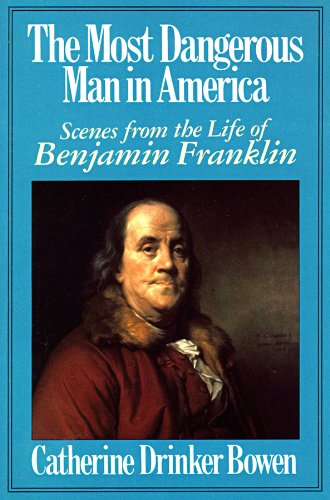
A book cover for Most Dangerous Man in America; Catherine Drinker Bowen; Humor & Entertainment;